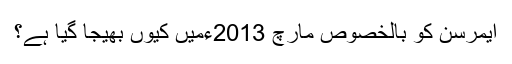
ایمرسن کو بالخصوص مارچ 2013ءمیں کیوں بھیجا گیا ہے؟